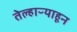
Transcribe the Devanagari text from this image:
तेल्हाऱ्याहून